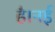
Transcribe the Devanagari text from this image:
है।नई